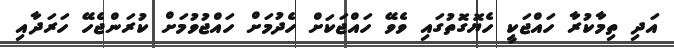
އަދި ތިމާކުރާ ހައްޖަކީ ހެޔޮގޮތުގައި ވެވޭ ހައްޖަކަށް ހެދުމަށް ހައްޖުވުމަށް ކުރަންޖެހޭ ހަރަދާއި